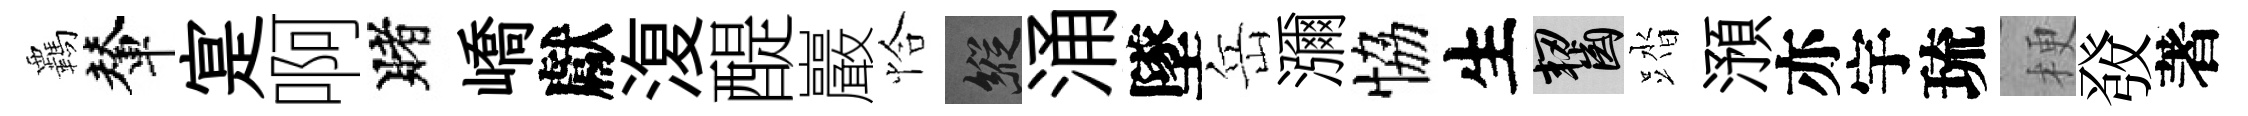
覊輦寔啊賭嶠獻𣸪醍巖恰縱涌墜岳瀰恊生齧踏澦亦宇琉梗𤼲著